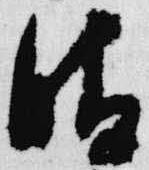
晴